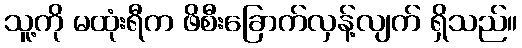
သူ့ကို မထုံးရီက ဖိစီးခြောက်လှန့်လျက် ရှိသည်။